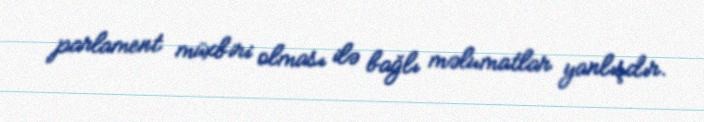
parlament müxbiri olması ilə bağlı məlumatlar yanlışdır.